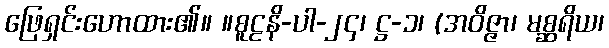
ဖြေရှင်းဟောထား၏။ ။စူဠနိ-ပါ-၂၄၊ ဋ္ဌ-၁၊ (အဝိဇ္ဇာ၊ မစ္ဆရိယ၊